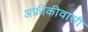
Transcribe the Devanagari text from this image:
अफ्रीकीवासी